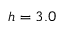
h = 3 . 0